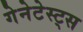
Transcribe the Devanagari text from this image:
गेनेटेस्ट्स